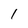
Character: l